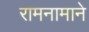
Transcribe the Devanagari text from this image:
रामनामाने